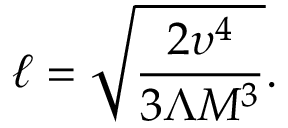
\ell = \sqrt { \frac { 2 \upsilon ^ { 4 } } { 3 \Lambda M ^ { 3 } } } .